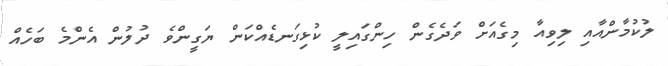
ލުކުމާންއާއި ލިވިއާ މިގެއަށް ވަދެގެން ހިންގައިލީ ކުޅިގަނޑެއްކަން ޔަގީންވެ ދުލުން އެންމެ ބަހެއް